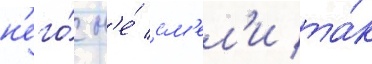
н'его́ н'е́ см'ел'и та́к